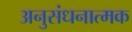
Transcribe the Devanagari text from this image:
अनुसंधनात्मक